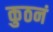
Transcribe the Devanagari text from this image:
कुठनं